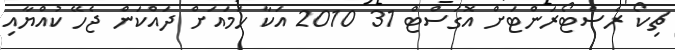
ޗިކޯ ރެސްޓޯރަންޓަށް އޮގަސްޓް 31 2010 އަކާ ހަމައަށް ދައްކަން ޖެހޭ ކުއްޔާއި